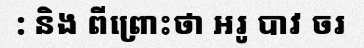
: និង ពីព្រោះថា អរូ បាវ ចរ